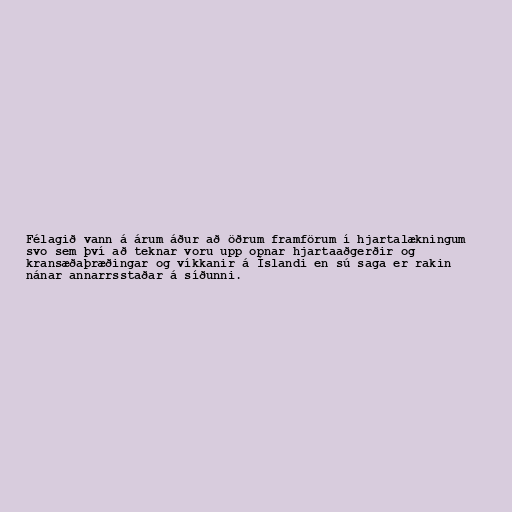
Félagið vann á árum áður að öðrum framförum í hjartalækningum
svo sem því að teknar voru upp opnar hjartaaðgerðir og
kransæðaþræðingar og víkkanir á Íslandi en sú saga er rakin
nánar annarrsstaðar á síðunni.